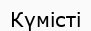
Күмісті